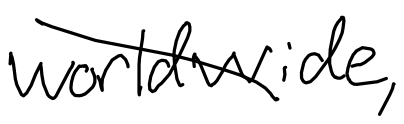
Text: worldwide,
Cross-out: diagonal
Writing tool: digital_black